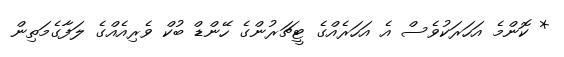
* ކޮންމެ އަހަރަކުވެސް އެ އަހަރެއްގެ ޓީޗަރުންގެ ހޭންޑް ބުކް ވެރިއެއްގެ ލަފާގެމަތިން